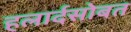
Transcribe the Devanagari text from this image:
हलार्दसोबत